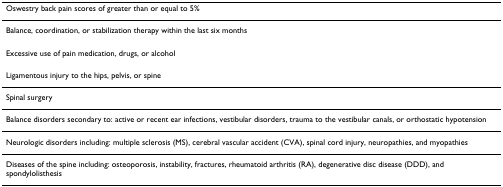
| Oswestry back pain scores of greater than or equal to 5% |
 | --- |
 | Balance, coordination, or stabilization therapy within the last six months |
 | Excessive use of pain medication, drugs, or alcohol |
 | Ligamentous injury to the hips, pelvis, or spine |
 | Spinal surgery |
 | Balance disorders secondary to: active or recent ear infections, vestibular disorders, trauma to the vestibular canals, or orthostatic hypotension |
 | Neurologic disorders including: multiple sclerosis (MS), cerebral vascular accident (CVA), spinal cord injury, neuropathies, and myopathies |
 | Diseases of the spine including: osteoporosis, instability, fractures, rheumatoid arthritis (RA), degenerative disc disease (DDD), and spondylolisthesis |